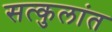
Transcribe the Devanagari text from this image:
सत्कुलांत